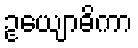
ဥယျောဓိကာ